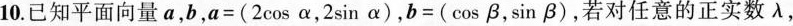
10.已知平面向量$$a，b，a=(2cosα，2sinα)$$，$$b = (cosβ，sinβ)$$，若对任意的正实数λ